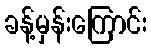
ခန့်မှန်းကြောင်း